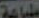
طباعة